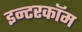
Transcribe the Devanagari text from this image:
इन्टरकॉम